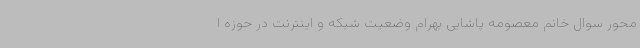
محور سوال خانم معصومه پاشایی بهرام وضعیت شبکه و اینترنت در حوزه ا